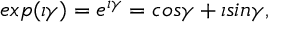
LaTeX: e x p ( \iota \gamma ) = e ^ { \iota \gamma } = c o s \gamma + \iota s i n \gamma ,